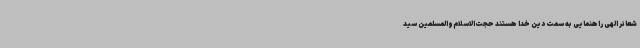
شعائر الهی راهنمایی به سمت دین خدا هستند حجت‌الاسلام‌والمسلمین سید